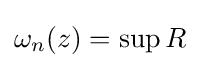
\omega _{n}(z)=\sup R